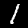
Label: 1